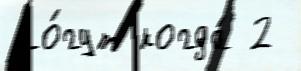
мо́гут когда́ 2